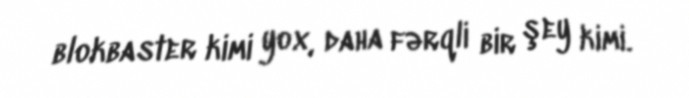
blokbaster kimi yox, daha fərqli bir şey kimi.